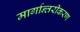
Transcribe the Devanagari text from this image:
मार्गान्तरीकरण